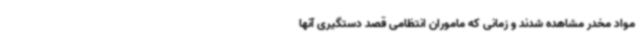
مواد مخدر مشاهده شدند و زمانی که ماموران انتظامی قصد دستگیری آنها